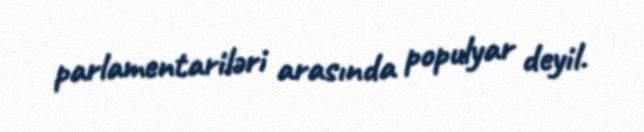
parlamentariləri arasında populyar deyil.